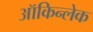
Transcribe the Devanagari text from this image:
ऑकिन्लेक